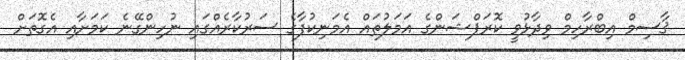
ޤާސިމް އިބްރާހިމް ވިދާޅުވީ ކޮރަޕްޝަންގެ އަމަލުތައް އެމަނިކުފާގެ ސަރުކާރެއްގައި ނުހިންގޭނެ ކަމަށާއި އެގޮތަށް